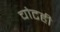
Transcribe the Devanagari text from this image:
चोटही